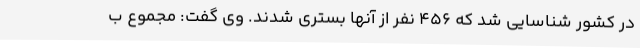
در کشور شناسایی شد که 456 نفر از آنها بستری شدند. وی گفت: مجموع ب